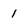
Character: 1